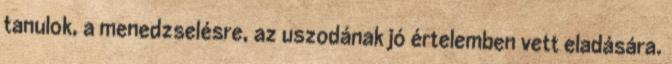
tanulok, a menedzselésre, az uszodának jó értelemben vett eladására.